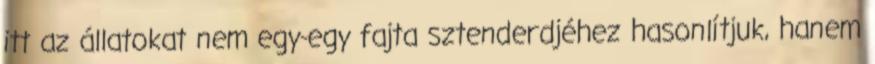
itt az állatokat nem egy-egy fajta sztenderdjéhez hasonlítjuk, hanem